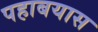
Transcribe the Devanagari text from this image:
पहाबयास